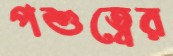
পশুত্বের